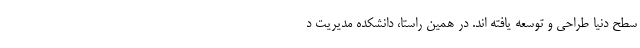
سطح دنیا طراحی و توسعه یافته اند. در همین راستا، دانشکده مدیریت د